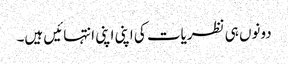
دونوں ہی نظریات کی اپنی اپنی انتہائیں ہیں۔